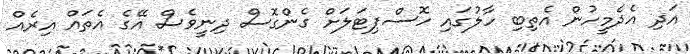
އަދި އެދެމީހުން އެތިބި ހާލުގައި ހޮސްޕިޓަލަށް ގެންގޮސް ދިނީވެސް އޭގެ އެތައް އިރެއް